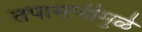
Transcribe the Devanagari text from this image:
तपासणीमुळे